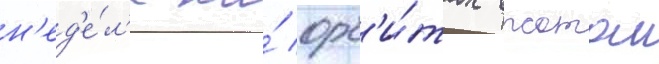
н'ед'е́л'е на́ орб'и́тах высотои